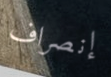
إنصراف